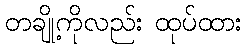
တချို့ကိုလည်း ထုပ်ထား